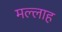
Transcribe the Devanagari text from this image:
मल्‍लाह